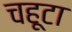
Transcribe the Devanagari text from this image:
चहूटा